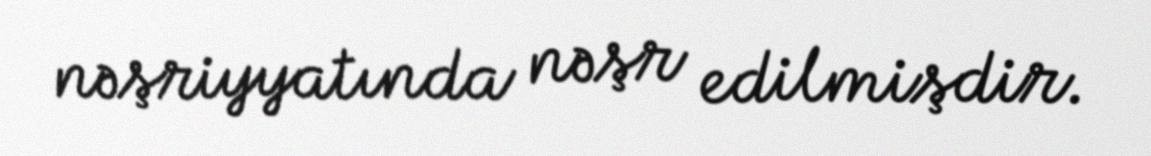
nəşriyyatında nəşr edilmişdir.